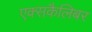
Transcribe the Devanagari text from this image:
एक्सकैलिबर